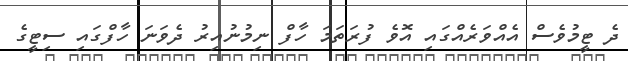
ދެ ޓީމުވެސް އެއްވަރެއްގައި އޮވެ ފުރަތަމަ ހާފް ނިމުނުއިރު ދެވަނަ ހާފްގައި ސިޓީގެ